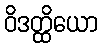
ဝိဒတ္ထိယော